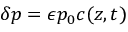
\delta p = \epsilon p _ { 0 } c ( z , t )